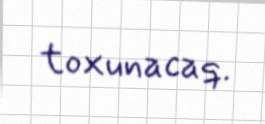
toxunacaq.